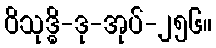
ဝိသုဒ္ဓိ-ဒု-အုပ်-၂၅၆။